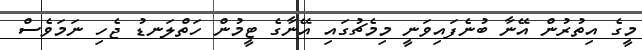
މީގެ އިތުރުން އޭނާ ބުނެފައިވަނީ މިމެޗުގައި އޭނާގެ ޓީމުން ހަތްލަނޑު ޖެހި ނަމަވެސް